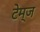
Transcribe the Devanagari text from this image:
टेम्ज